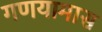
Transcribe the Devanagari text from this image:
गणयामास